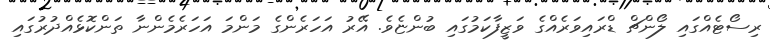
ރިސޯޓެއްގައި ލޯންޗް ޑްރައިވަރެއްގެ ވަޒީފާކަމުގައި ބުންޏެވެ. އޭރު އަހަރެންގެ މަންމަ އަހަރެމެންނާ ތަންކޮޅެއްދުރުގައި